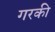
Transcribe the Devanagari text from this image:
गरकी